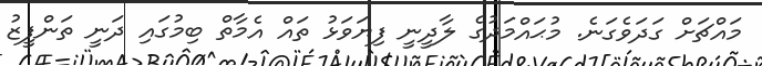
މައްޗަށް ގަދަވެގަނެ. މުޙައްމަދުގެ ލާދީނީ ފިޔަވަޅު ތައް އެމާތް ބިމުގައި ދަނީ ތަންފީޒު